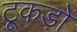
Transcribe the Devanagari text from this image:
टूकड़ों